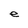
Character: e